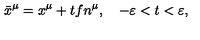
\bar { x } ^ { \mu } = x ^ { \mu } + t f n ^ { \mu } , \quad - \varepsilon < t < \varepsilon ,